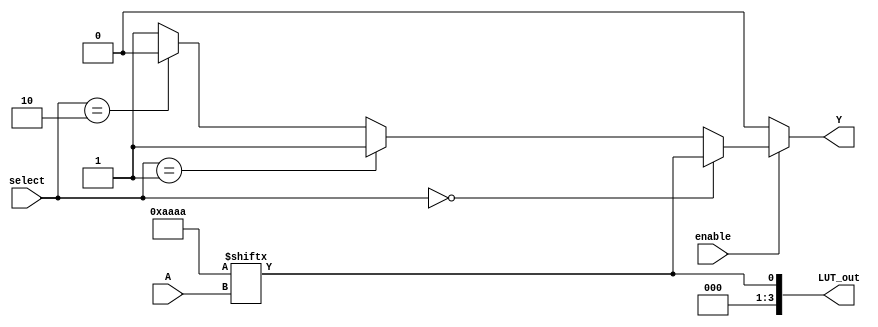
module CLB (
    input wire [3:0] A,          // 4-bit input signals
    input wire [1:0] select,     // Select signal for multiplexer
    input wire enable,            // Enable signal
    output wire Y,                // Output signal
    output wire [3:0] LUT_out     // Output from LUT
);

// Internal wires
wire [15:0] LUT;                // 16 possible combinations for 4-input LUT
wire [3:0] mux_out;             // MUX output

// Configuration memory for LUT (example: 4-input LUT)
reg [15:0] LUT_config = 16'b1010101010101010; // Example configuration

// LUT implementation
assign LUT_out = LUT_config[A]; // LUT output based on input A

// MUX implementation
assign mux_out = (select == 2'b00) ? LUT_out : // Select LUT output
                 (select == 2'b01) ? 4'b1111 : // Example output for select 01
                 (select == 2'b10) ? 4'b0000 : // Example output for select 10
                 4'b0001;                     // Example output for select 11

// Enable logic
assign Y = enable ? mux_out[0] : 1'b0; // Output based on enable signal

endmodule